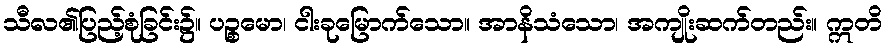
သီလ၏ပြည့်စုံခြင်း၌။ ပဉ္စမော၊ ငါးခုမြောက်သော။ အာနိသံသော၊ အကျိုးဆက်တည်း။ ဣတိ